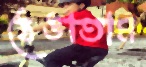
ঠেঙাতাম